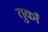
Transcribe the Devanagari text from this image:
तुर्कां